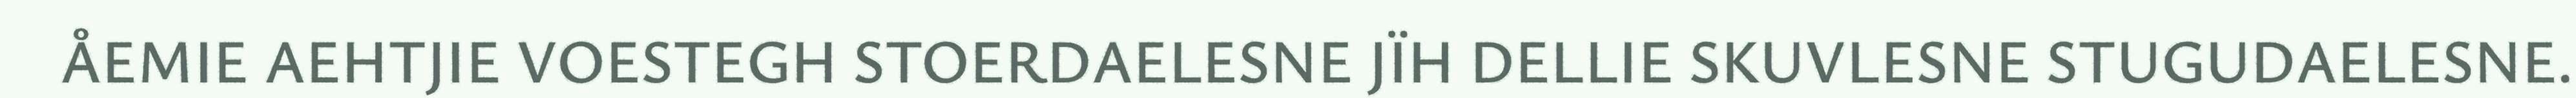
ÅEMIE AEHTJIE VOESTEGH STOERDAELESNE JÏH DELLIE SKUVLESNE STUGUDAELESNE.